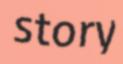
story